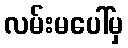
လမ်းမပေါ်မှ